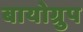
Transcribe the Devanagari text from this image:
बायोग्रुप